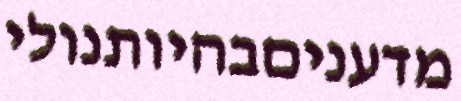
מדעניםבהיותנולי